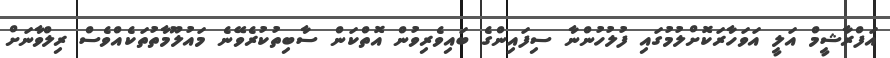
އަފްރާޝީމް އަލީ އަވަހާރަކޮށްލުމުގައި ފުލުހުންނާ ސިފައިންގެ ބައިވެރިވުން އޮތްކަން ސާބިތުކުރެވޭނެ މައުލޫމާތުތަކެއްވެސް ރިލްވާނަށް